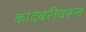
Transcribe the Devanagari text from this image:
कांदंबरीवरून